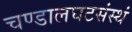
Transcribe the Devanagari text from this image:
चण्डालघटसंस्थं